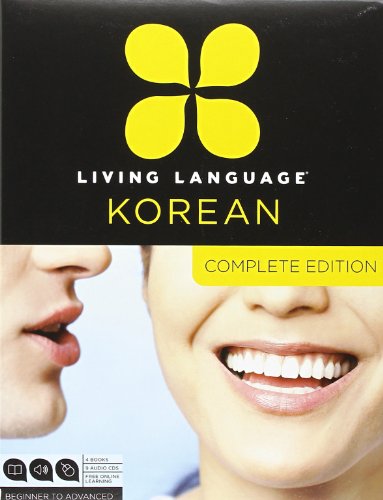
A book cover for Living Language Korean, Complete Edition: Beginner through advanced course, including 3 coursebooks, 9 audio CDs, Korean reading & writing guide, and free online learning; Living Language; Reference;